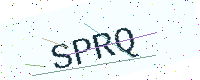
Text: SPRQ